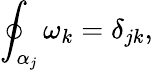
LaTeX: \oint_{\alpha_{j}}\omega_{k}=\delta_{jk},